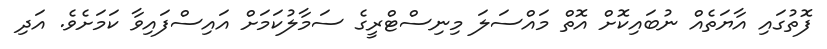
ފޮތުގައި އާޔަތެއް ނުބައިކޮށް އޮތް މައްސަލަ މިނިސްޓްރީގެ ސަމާލުކަމަށް އައިސްފައިވާ ކަމަށެވެ. އަދި